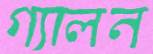
গ্যালন